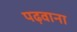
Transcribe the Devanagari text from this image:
पढ़वाना